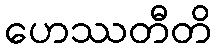
ဟေဿတီတိ